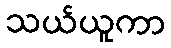
သယ်ယူကာ